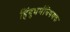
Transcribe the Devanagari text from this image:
हिंदुधर्मविषयक